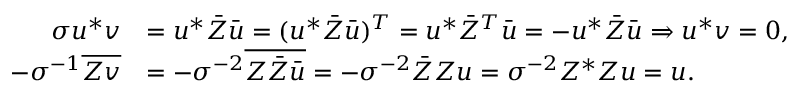
\begin{array} { r l } { \sigma u ^ { \ast } v } & { = u ^ { \ast } \Bar Z \Bar u = ( u ^ { \ast } \Bar Z \Bar u ) ^ { T } = u ^ { \ast } \Bar Z ^ { T } \Bar u = - u ^ { \ast } \Bar Z \Bar u \Rightarrow u ^ { \ast } v = 0 , } \\ { - \sigma ^ { - 1 } \overline { { Z v } } } & { = - \sigma ^ { - 2 } \overline { { Z \Bar Z \Bar u } } = - \sigma ^ { - 2 } \Bar Z Z u = \sigma ^ { - 2 } Z ^ { \ast } Z u = u . } \end{array}